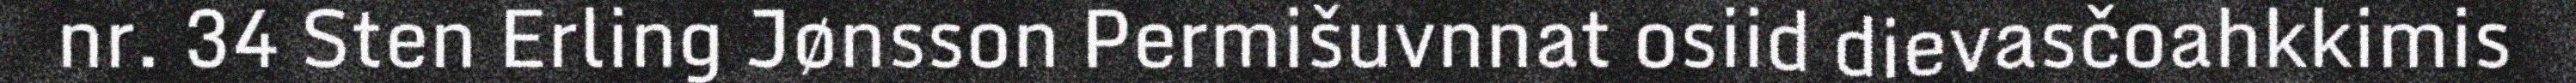
nr. 34 Sten Erling Jønsson Permišuvnnat osiid dievasčoahkkimis